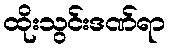
ထိုးသွင်းဒဏ်ရာ